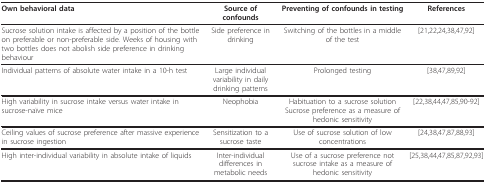
| Own behavioral data | Source of confounds | Preventing of confounds in testing | References |
 | --- | --- | --- | --- |
 | Sucrose solution intake is affected by a position of the bottle on preferable or non-preferable side. Weeks of housing with two bottles does not abolish side preference in drinking behaviour | Side preference in drinking | Switching of the bottles in a middle of the test | [21,22,24,38,47,92] |
 | Individual patterns of absolute water intake in a 10-h test | Large individual variability in daily drinking patterns | Prolonged testing | [38,47,89,92] |
 | High variability in sucrose intake versus water intake in sucrose-naïve mice | Neophobia | Habituation to a sucrose solution Sucrose preference as a measure of hedonic sensitivity | [22,38,44,47,85,90-92] |
 | Ceiling values of sucrose preference after massive experience in sucrose ingestion | Sensitization to a sucrose taste | Use of sucrose solution of low concentrations | [24,38,47,87,88,93] |
 | High inter-individual variability in absolute intake of liquids | Inter-individual differences in metabolic needs | Use of a sucrose preference not sucrose intake as a measure of hedonic sensitivity | [25,38,44,47,85,87,92,93] |